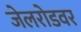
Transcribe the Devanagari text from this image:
जेलरोडवर